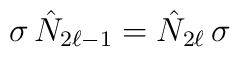
\sigma\,\hat{N}_{2\ell-1}=\hat{N}_{2\ell}\,\sigma